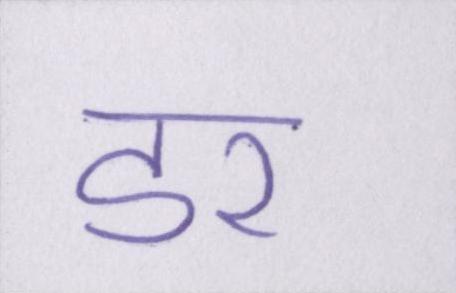
डर